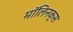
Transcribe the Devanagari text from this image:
मॉलिनक्स